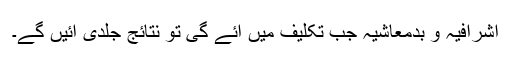
اشرافیہ و بدمعاشیہ جب تکلیف میں آئے گی تو نتائج جلدی آئیں گے۔